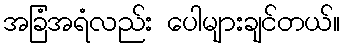
အခြံအရံလည်း ပေါများချင်တယ်။